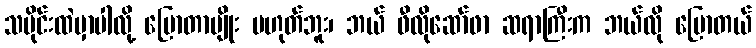
သမိုင်းထဲမှာပါလို့ ပြောတာမျိုး မဟုတ်ဘူး၊ ဘယ် ဖီလိုဆော်ဖာ ဆရာကြီးက ဘယ်လို ပြောတယ်